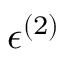
\epsilon ^ { ( 2 ) }